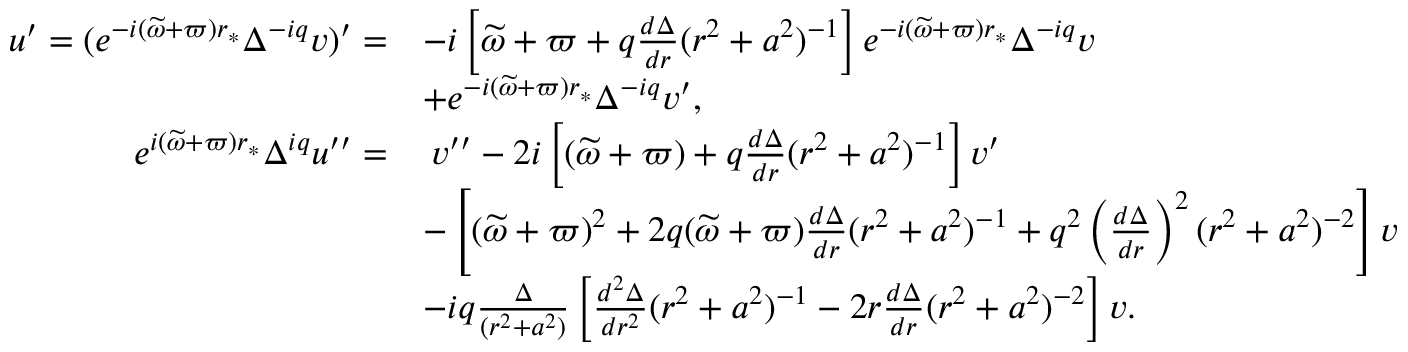
\begin{array} { r l } { u ^ { \prime } = ( e ^ { - i ( \widetilde { \omega } + \varpi ) r _ { * } } \Delta ^ { - i q } v ) ^ { \prime } = } & { - i \left[ \widetilde { \omega } + \varpi + q \frac { d \Delta } { d r } ( r ^ { 2 } + a ^ { 2 } ) ^ { - 1 } \right] e ^ { - i ( \widetilde { \omega } + \varpi ) r _ { * } } \Delta ^ { - i q } v } \\ & { + e ^ { - i ( \widetilde { \omega } + \varpi ) r _ { * } } \Delta ^ { - i q } v ^ { \prime } , } \\ { e ^ { i ( \widetilde { \omega } + \varpi ) r _ { * } } \Delta ^ { i q } u ^ { \prime \prime } = } & { \: v ^ { \prime \prime } - 2 i \left[ ( \widetilde { \omega } + \varpi ) + q \frac { d \Delta } { d r } ( r ^ { 2 } + a ^ { 2 } ) ^ { - 1 } \right] v ^ { \prime } } \\ & { - \left[ ( \widetilde { \omega } + \varpi ) ^ { 2 } + 2 q ( \widetilde { \omega } + \varpi ) \frac { d \Delta } { d r } ( r ^ { 2 } + a ^ { 2 } ) ^ { - 1 } + q ^ { 2 } \left( \frac { d \Delta } { d r } \right) ^ { 2 } ( r ^ { 2 } + a ^ { 2 } ) ^ { - 2 } \right] v } \\ & { - i q \frac { \Delta } { ( r ^ { 2 } + a ^ { 2 } ) } \left[ \frac { d ^ { 2 } \Delta } { d r ^ { 2 } } ( r ^ { 2 } + a ^ { 2 } ) ^ { - 1 } - 2 r \frac { d \Delta } { d r } ( r ^ { 2 } + a ^ { 2 } ) ^ { - 2 } \right] v . } \end{array}